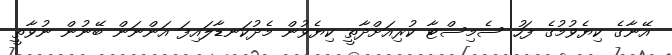
އޭނާގެ ކިޔެވުމުގެ ފަހު ސެމިސްޓާ ކުރިއަށްދާތީ ކިޔެވުން މެދުކަނޑާލައިފަ އަންނަން ބޭނުން ނުވާތީ